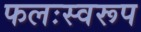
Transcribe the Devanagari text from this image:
फलःस्वरूप